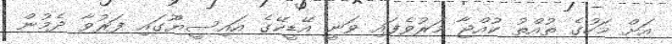
އަށް މަހުގެ ތުއްތު ކުއްޖާ މަރުވެފައި ވަނީ އޭޑީކޭގެ އައިސީޔޫގައި ފަރުވާ ދެމުން